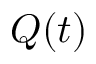
Q ( t )